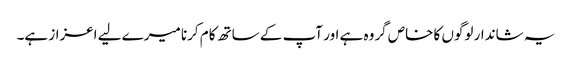
یہ شاندار لوگوں کا خاص گروہ ہے اور آپ کے ساتھ کام کرنا میرے لیے اعزاز ہے۔